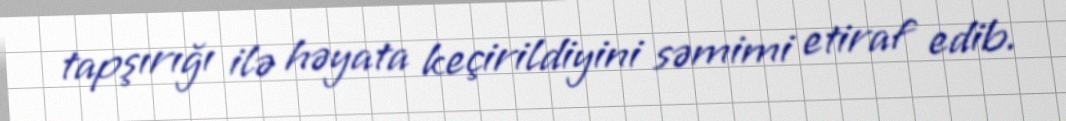
tapşırığı ilə həyata keçirildiyini səmimi etiraf edib.